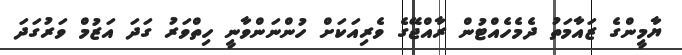
ޔާމީންގެ ޒައާމަތު ދެމެހެއްޓުން ރާއްޖޭގެ ވެރިއަކަށް ހުންނަންވާނީ ހިތްވަރު ގަދަ އަޒުމް ވަރުގަދަ